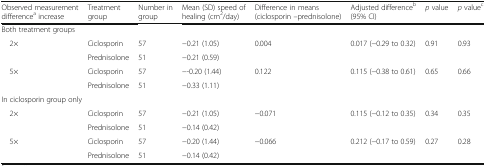
<table><thead><tr><td><b>Observed measurement difference<sup>a</sup> increase</b></td><td><b>Treatment group</b></td><td><b>Number in group</b></td><td><b>Mean (SD) speed of healing (cm<sup>2</sup>/day)</b></td><td><b>Difference in means (ciclosporin –prednisolone)</b></td><td><b>Adjusted difference<sup>b</sup> (95% CI)</b></td><td><b><i>p</i> value</b></td><td><b><i>p</i> value<sup>c</sup></b></td></tr></thead><tbody><tr><td colspan="8">Both treatment groups</td></tr><tr><td rowspan="2"> 2×</td><td>Ciclosporin</td><td>57</td><td>−0.21 (1.05)</td><td rowspan="2">0.004</td><td rowspan="2">0.017 (−0.29 to 0.32)</td><td rowspan="2">0.91</td><td rowspan="2">0.93</td></tr><tr><td>Prednisolone</td><td>51</td><td>−0.21 (0.59)</td></tr><tr><td rowspan="2"> 5×</td><td>Ciclosporin</td><td>57</td><td>−-0.20 (1.44)</td><td rowspan="2">0.122</td><td rowspan="2">0.115 (−0.38 to 0.61)</td><td rowspan="2">0.65</td><td rowspan="2">0.66</td></tr><tr><td>Prednisolone</td><td>51</td><td>−0.33 (1.11)</td></tr><tr><td colspan="8">In ciclosporin group only</td></tr><tr><td rowspan="2"> 2×</td><td>Ciclosporin</td><td>57</td><td>−0.21 (1.05)</td><td rowspan="2">−0.071</td><td rowspan="2">0.115 (−0.12 to 0.35)</td><td rowspan="2">0.34</td><td rowspan="2">0.35</td></tr><tr><td>Prednisolone</td><td>51</td><td>−0.14 (0.42)</td></tr><tr><td rowspan="2"> 5×</td><td>Ciclosporin</td><td>57</td><td>−0.20 (1.44)</td><td rowspan="2">−0.066</td><td rowspan="2">0.212 (−0.17 to 0.59)</td><td rowspan="2">0.27</td><td rowspan="2">0.28</td></tr><tr><td>Prednisolone</td><td>51</td><td>−0.14 (0.42)</td></tr></tbody></table>